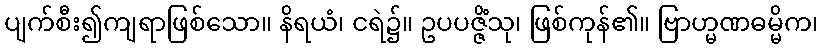
ပျက်စီး၍ကျရာဖြစ်သော။ နိရယံ၊ ငရဲ၌။ ဥပပဇ္ဇိံသု၊ ဖြစ်ကုန်၏။ ဗြာဟ္မဏဓမ္မိက၊